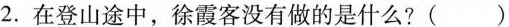
2. 在登山途中，徐霞客没有做的是什么？()